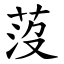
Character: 莈